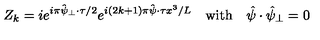
Z _ { k } = i e ^ { i \pi \mathrm { \boldmath \hat { \scriptstyle \psi } \scriptstyle _ { \perp } } \cdot \mathrm { \boldmath \scriptstyle \tau } / 2 } e ^ { i ( 2 k + 1 ) \pi \mathrm { \boldmath \hat { \scriptstyle \psi } } \cdot \mathrm { \boldmath \scriptstyle \tau } x ^ { 3 } / L } \quad \mathrm { w i t h } \quad \mathrm { \boldmath \hat { \psi } } \cdot \mathrm { \boldmath \hat { \psi } _ { \perp } } = 0